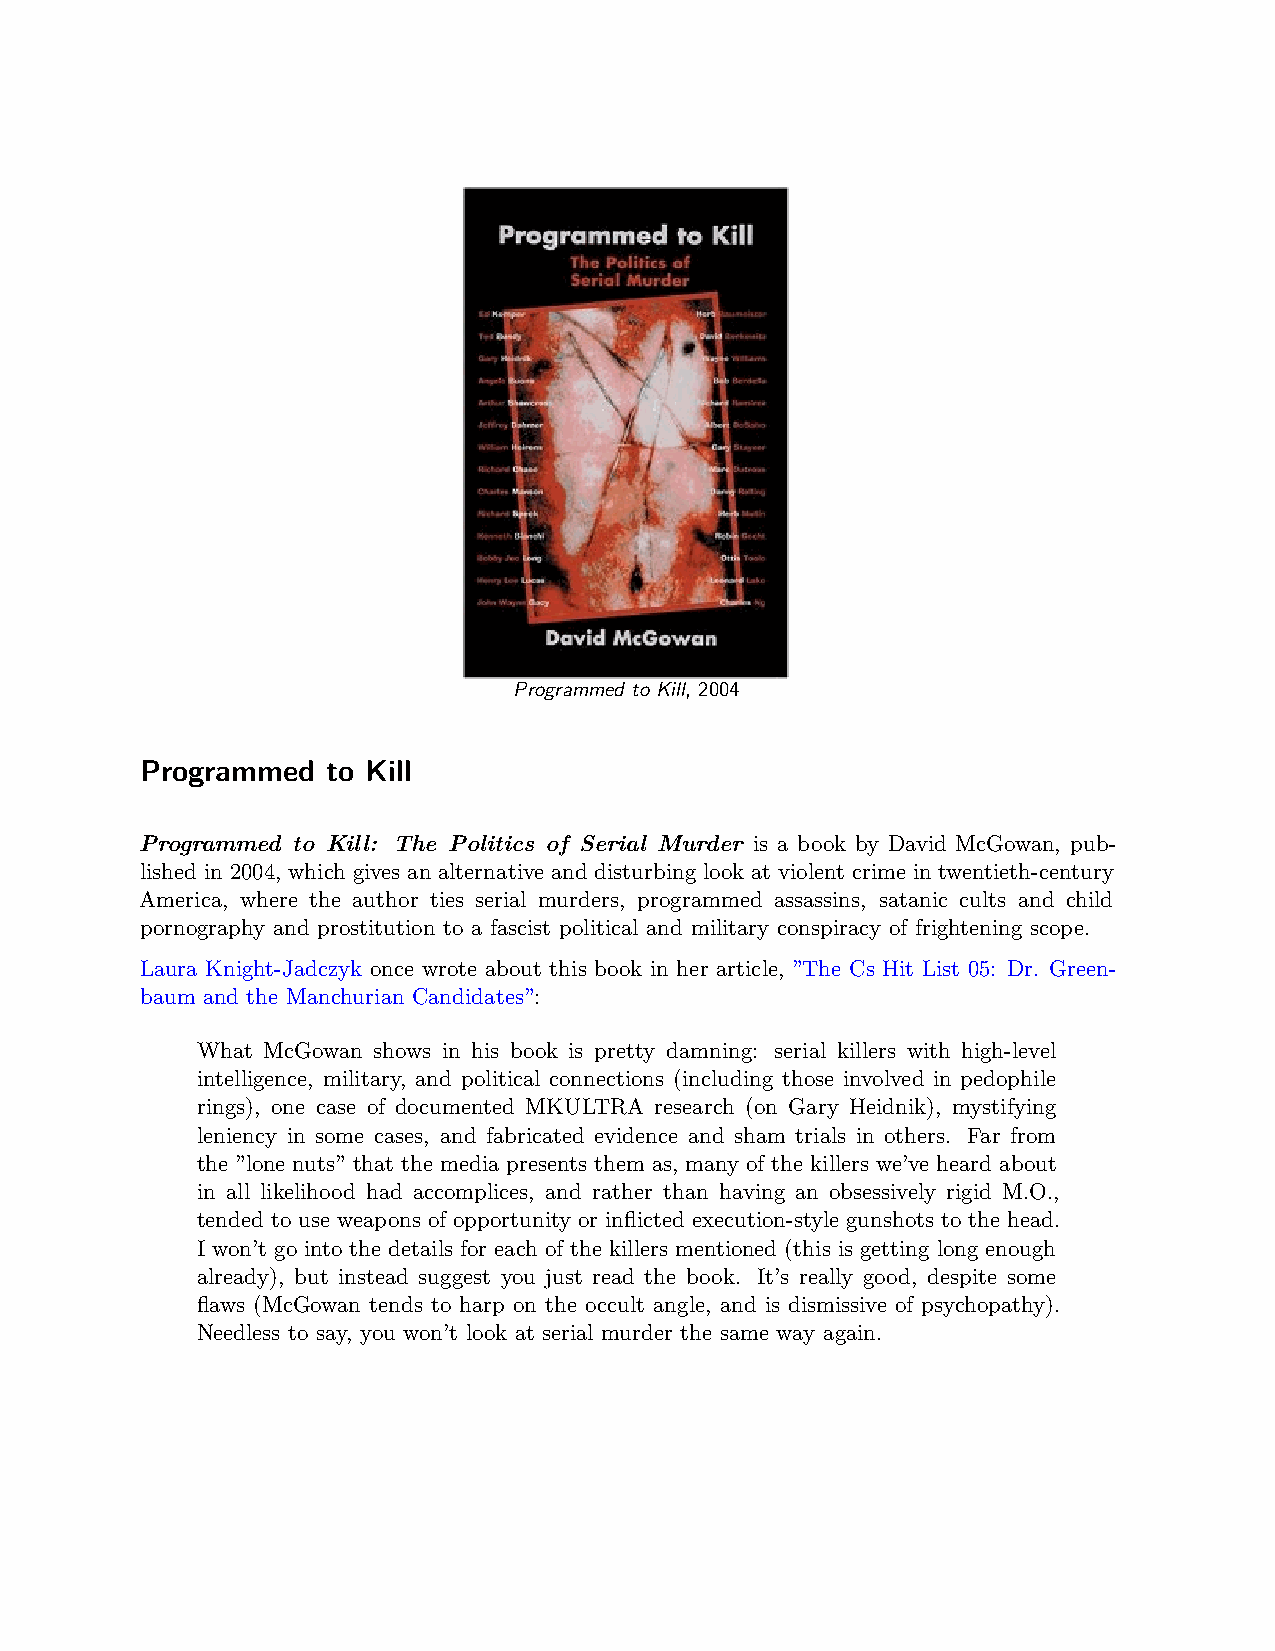
Programmed to Kill, 2004
 Programmed   to Kill
 Programmed to Kill: The Politics of Serial Murder is a book by David McGowan, pub-
 lished in 2004, which gives an alternative and disturbing look at violent crime in twentieth-century
 America, where the author ties serial murders, programmed assassins, satanic cults and child
 pornography and prostitution to a fascist political and military conspiracy of frightening scope.
 Laura Knight-Jadczyk once wrote about this book in her article, ”The Cs Hit List 05: Dr. Green-
 baum and the Manchurian Candidates”:
 What McGowan shows in his book is pretty damning: serial killers with high-level
 intelligence, military, and political connections (including those involved in pedophile
 rings), one case of documented MKULTRA research (on Gary Heidnik), mystifying
 leniency in some cases, and fabricated evidence and sham trials in others. Far from
 the ”lone nuts” that the media presents them as, many of the killers we’ve heard about
 in all likelihood had accomplices, and rather than having an obsessively rigid M.O.,
 tended to use weapons of opportunity or inflicted execution-style gunshots to the head.
 I won’t go into the details for each of the killers mentioned (this is getting long enough
 already), but instead suggest you just read the book. It’s really good, despite some
 flaws (McGowan tends to harp on the occult angle, and is dismissive of psychopathy).
 Needless to say, you won’t look at serial murder the same way again.